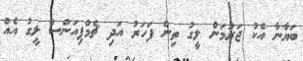
ބަޔާނާ އެކު ޖަރުމަން ލީގު ތިން ފަހަރު އަދި ޗެމްޕިއަންސް ލީގު އެއް